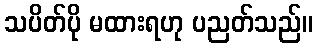
သပိတ်ပို မထားရဟု ပညတ်သည်။